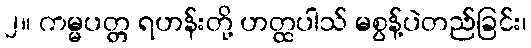
၂။ ကမ္မပတ္တ ရဟန်းတို့ ဟတ္ထပါသ် မစွန့်ပဲတည်ခြင်း၊